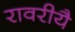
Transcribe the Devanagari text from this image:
रावरीयै